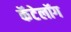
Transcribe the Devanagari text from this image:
कॅटेलॉग